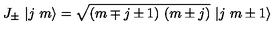
J _ { \pm } \ | j \ m \rangle = \sqrt { ( m \mp j \pm 1 ) \ ( m \pm j ) } \ | j \ m \pm 1 \rangle